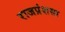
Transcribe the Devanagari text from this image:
राजप्रंशसा